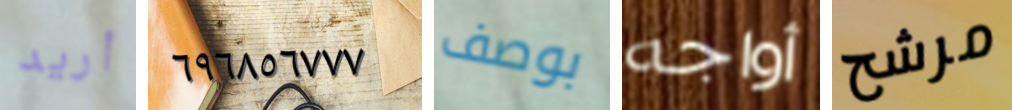
أريد ٦٩٦٨٥٦٧٧٧ بوصف أواجه مرشح